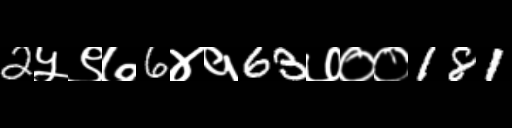
Text: 2५९७6४१63७००181